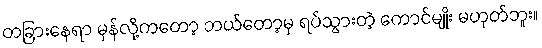
တခြားနေရာ မှန်လို့ကတော့ ဘယ်တော့မှ ရပ်သွားတဲ့ ကောင်မျိုး မဟုတ်ဘူး။